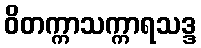
ဝိတက္ကာသက္ကာရသဒ္ဒ